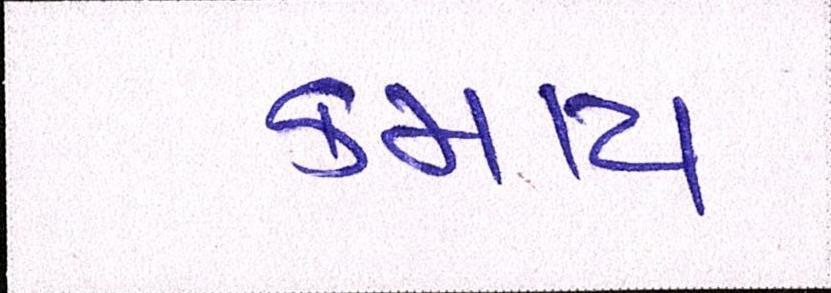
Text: કમાય